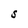
Character: S